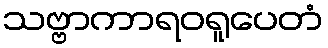
သဗ္ဗာကာရဝရူပေတံ